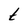
Character: t